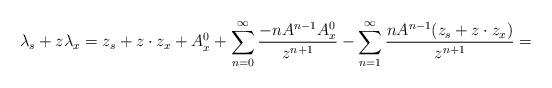
LaTeX: \begin{align*}\lambda_s+z\lambda_x=z_s+z\cdot z_x+A^0_x+\sum_{n=0}^{\infty}\frac{-nA^{n-1}A^0_x}{z^{n+1}}-\sum_{n=1}^{\infty}\frac{nA^{n-1}(z_s+z\cdot z_x)}{z^{n+1}}=\end{align*}